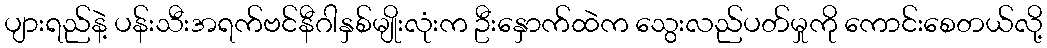
ပျားရည်နဲ့ ပန်းသီးအရက်ဗင်နီဂါနှစ်မျိုးလုံးက ဦးနှောက်ထဲက သွေးလည်ပတ်မှုကို ကောင်းစေတယ်လို့